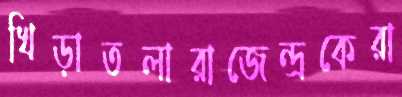
খিড়াতলারাজেন্দ্রকেরা